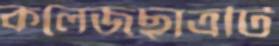
কলেজছাত্রটি